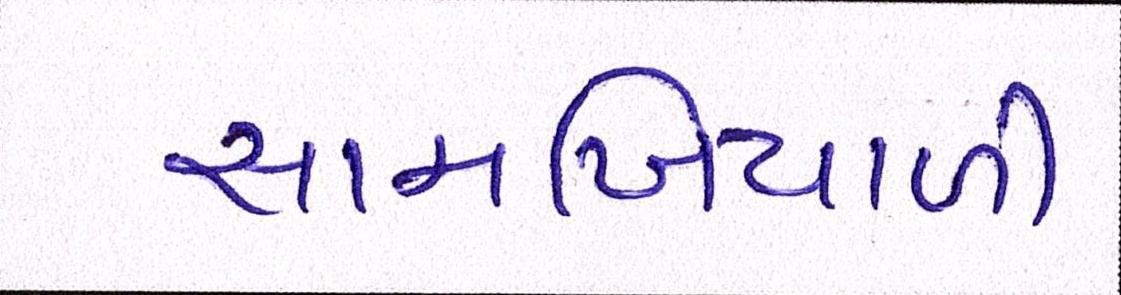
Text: સામખિયાળી